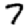
Digit: 7